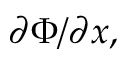
\partial \Phi / \partial { x } ,